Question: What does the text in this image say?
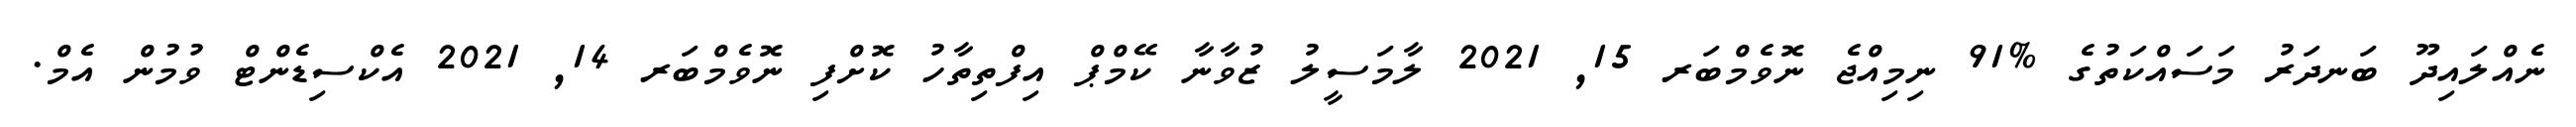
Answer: ނެއްލައިދޫ ބަނދަރު މަސައްކަތުގެ %91 ނިމިއްޖެ ނޮވެމްބަރ 15, 2021 ލާމަސީލު ޒުވާނާ ކޭމްޕް އިފްތިތާހު ކޮށްފި ނޮވެމްބަރ 14, 2021 އެކްސިޑެންޓް ވުމުން އެމް.